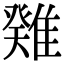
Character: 𩀁